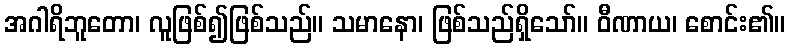
အဂါရိဘူတော၊ လူဖြစ်၍ဖြစ်သည်။ သမာနော၊ ဖြစ်သည်ရှိသော်။ ဝီဏာယ၊ စောင်း၏။